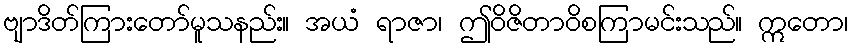
ဗျာဒိတ်ကြားတော်မူသနည်း။ အယံ ရာဇာ၊ ဤဝိဇိတာဝိစကြာမင်းသည်။ ဣတော၊